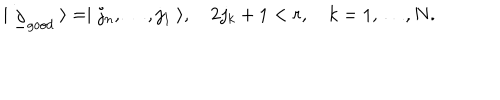
| \ \underline { { j } } _ { g o o d } \ \rangle = \mid j _ { n } , \dots , j _ { 1 } \ \rangle , \quad 2 j _ { k } + 1 < r , \quad k = 1 , \dots , N .